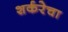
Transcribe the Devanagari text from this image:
शर्करेचा